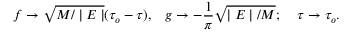
f \rightarrow \sqrt { M / \mid E \mid } ( \tau _ { o } - \tau ) , \; \; \; g \rightarrow - \frac { 1 } { \pi } \sqrt { \mid E \mid / M } ; \; \; \; \; \tau \rightarrow \tau _ { o } .